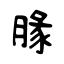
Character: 腞